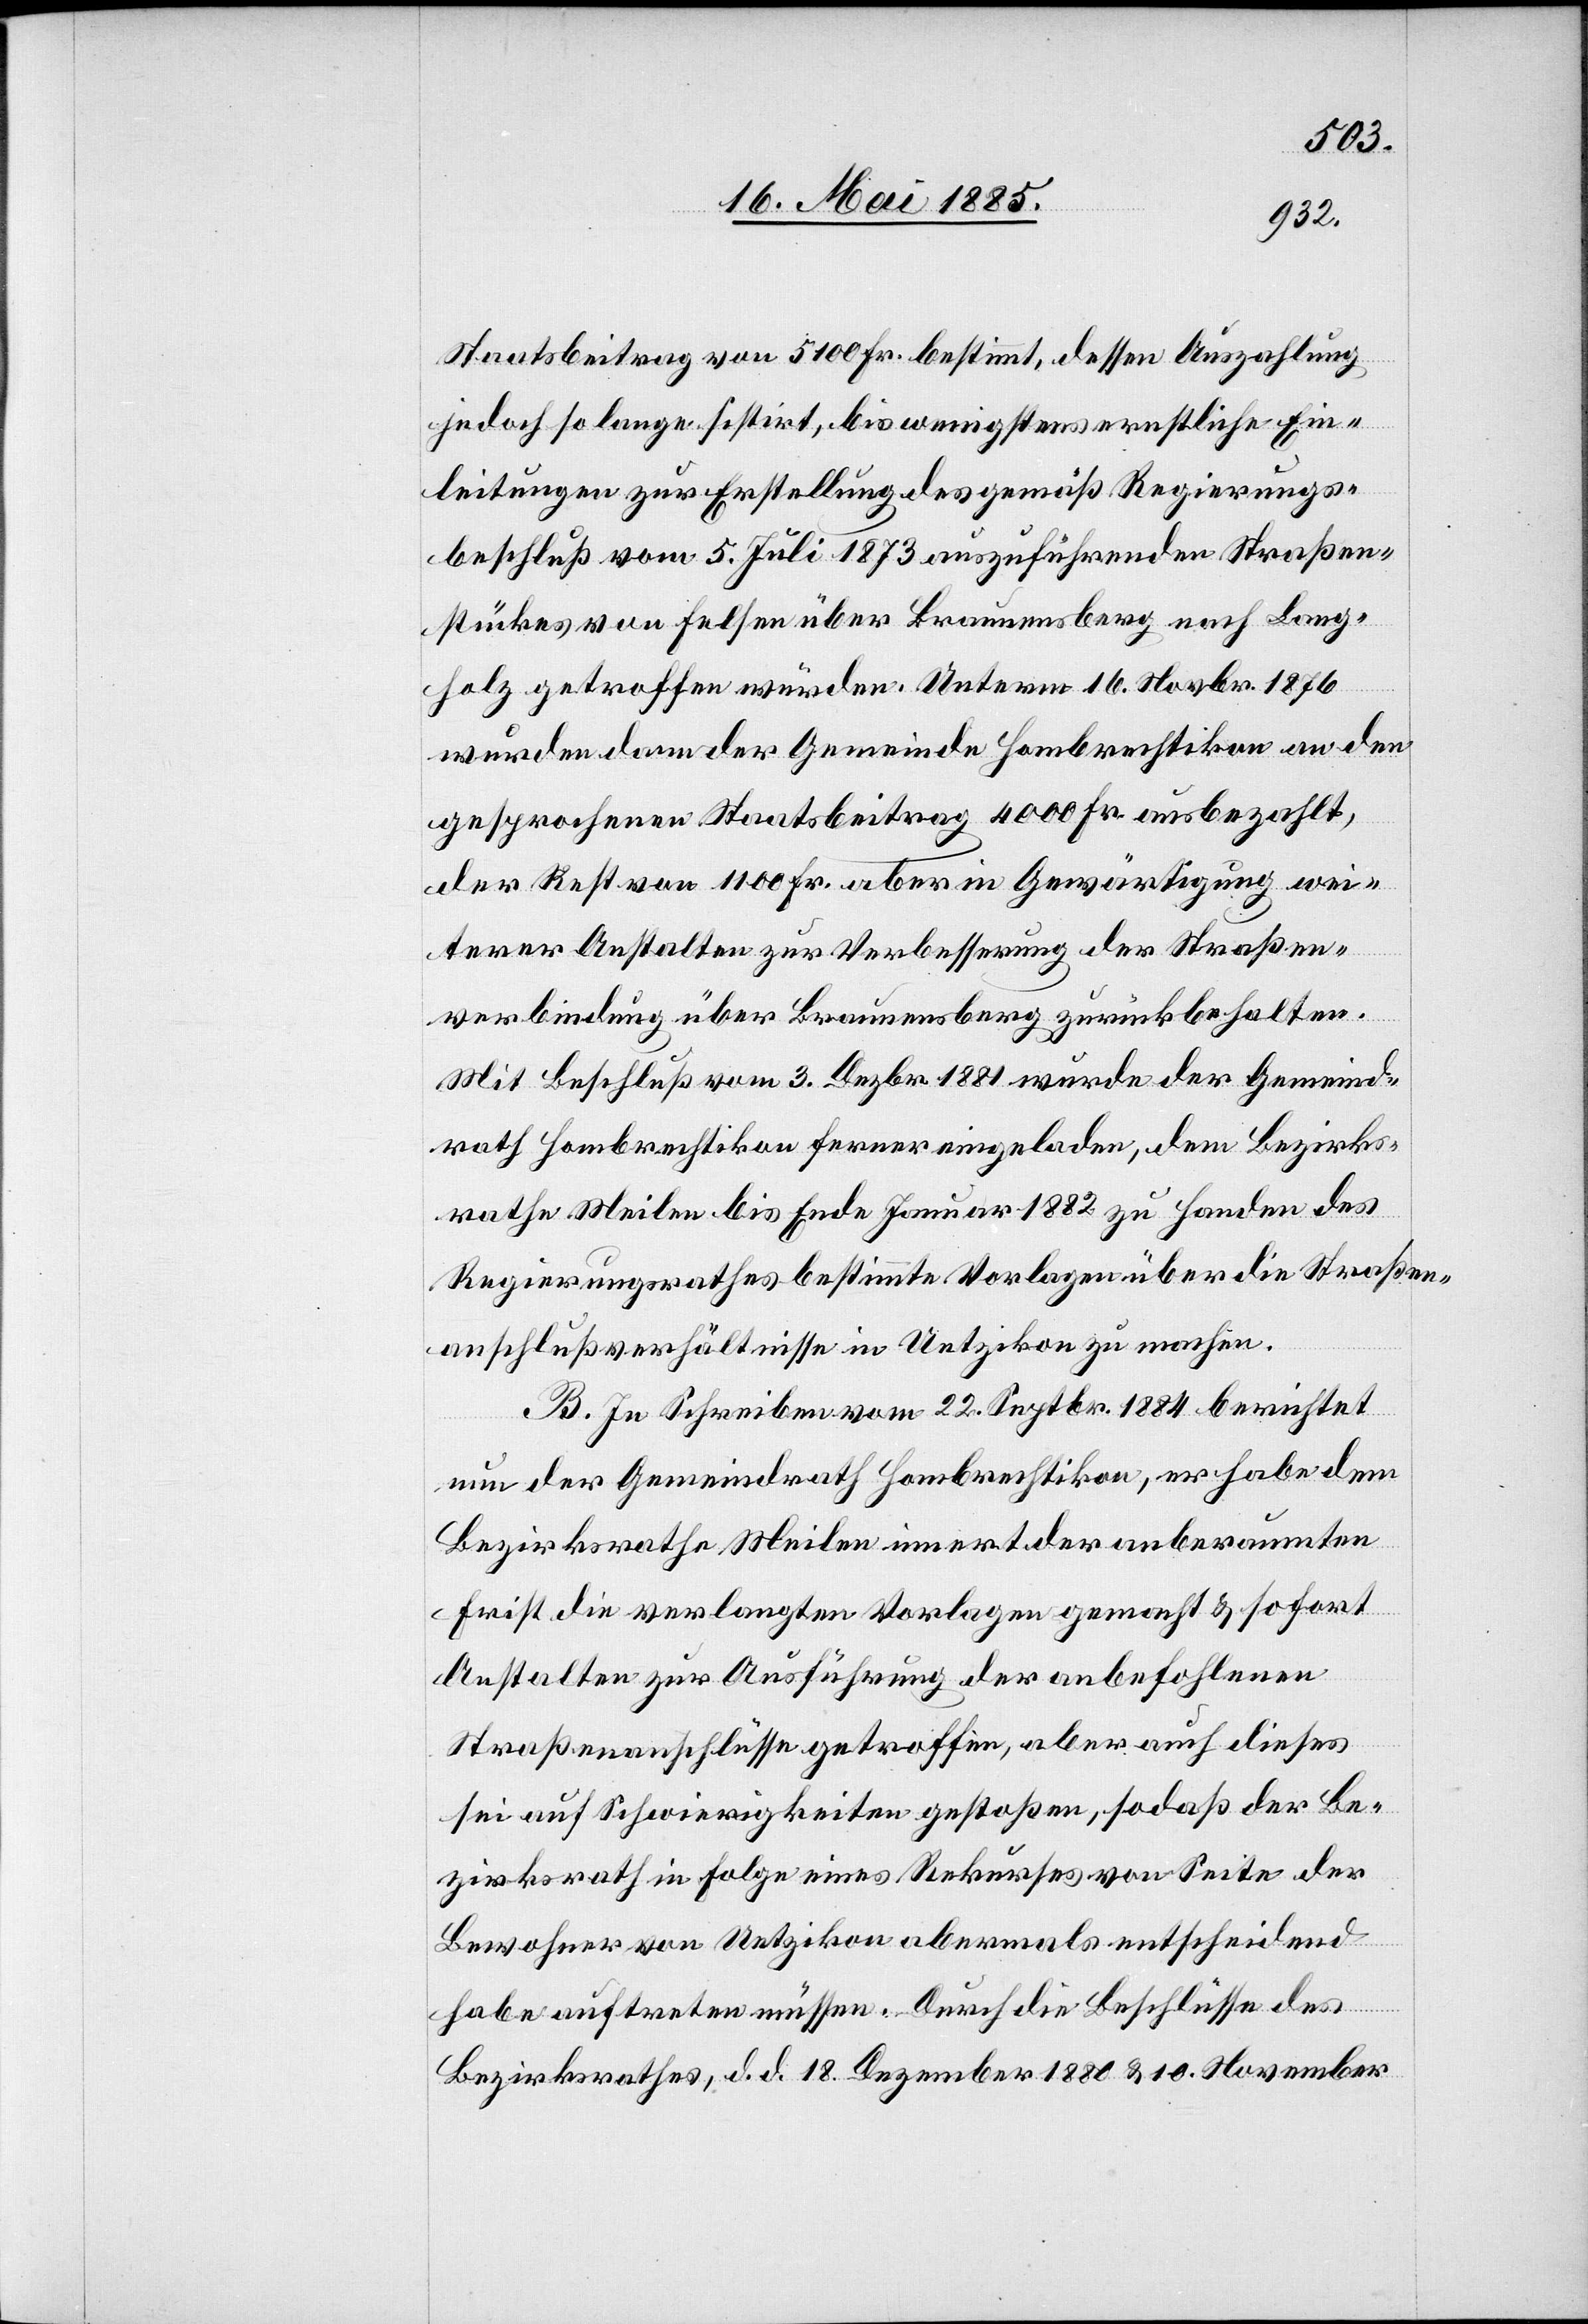
Staatsbeitrag von 5100 Fr. bestimmt, dessen Auszahlung
jedoch so lange sistirt, bis wenigstens ernstliche Ein¬
leitungen zur Erstellung des gemäß Regierungs¬
beschluß vom 5. Juli 1873 auszuführenden Straßen¬
stückes von Felsen über Braunensberg nach Lang¬
holz getroffen würden. Unterm 16. Novbr. 1876
wurden dann der Gemeinde Hombrechtikon an den
gesprochenen Staatsbeitrag 4000 Fr. ausbezahlt,
der Rest von 1100 Fr. aber in Gewärtigung wei¬
terer Anstalten zur Verbesserung der Straßen¬
verbindung über Braunensberg zurückbehalten.
Mit Beschluß vom 3. Dezbr. 1881 wurde der Gemeind¬
rath Hombrechtikon ferner eingeladen, dem Bezirks¬
rathe Meilen bis Ende Januar 1882 zu Handen des
Regierungsrathes bestimmte Vorlagen über die Straßen¬
anschlußverhältnisse in Uetzikon zu machen.
B. In [sic!] Schreiben vom 22. Septbr. 1884 berichtet
nun der Gemeindrath Hombrechtikon, er habe dem
Bezirksrathe Meilen innert der anberaumten
Frist die verlangten Vorlagen gemacht & sofort
Anstalten zur Ausführung der anbefohlenen
Straßenanschlüsse getroffen, aber auch dieses
sei auf Schwierigkeiten gestoßen, sodaß der Be¬
zirksrath in Folge eines Rekurses von Seite der
Bewohner von Uetzikon abermals entscheidend
habe auftreten müssen. Durch die Beschlüsse des
Bezirksrathes, d. d. 18. Dezember 1880 & 10. November